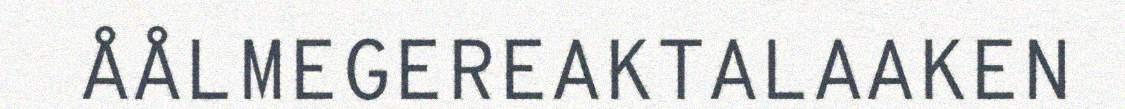
ÅÅLMEGEREAKTALAAKEN